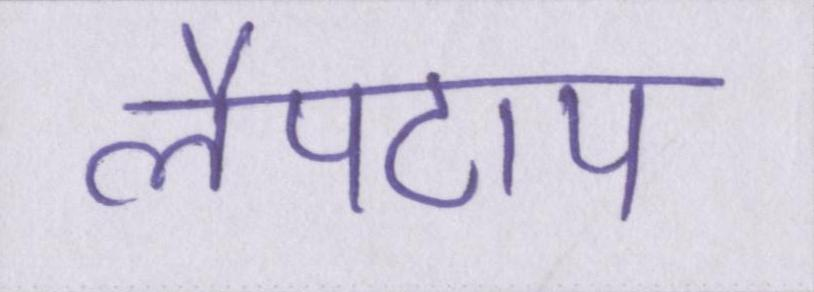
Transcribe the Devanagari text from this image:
लैपटाप